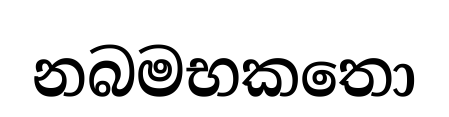
නබමභකතො